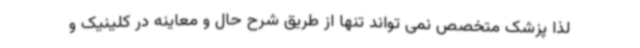
لذا پزشک متخصص نمی تواند تنها از طریق شرح حال و معاینه در کلینیک و